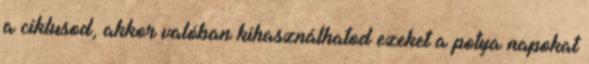
a ciklusod, akkor valóban kihasználhatod ezeket a potya napokat